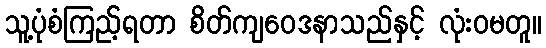
သူ့ပုံစံကြည့်ရတာ စိတ်ကျဝေဒနာသည်နှင့် လုံးဝမတူ။